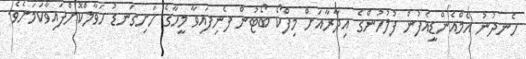
ހެނދުނު އެމްއެންޑީއެފުން ފުލުހުންގެ އިދާރާއަށް މިފްކޯ ބޯޓުން ފެނިފައިވާ މީހާގެ ހަށިގަނޑު ހަވާލްކޮށްފައިވާކަމަށެވެ.